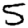
Digit: 5